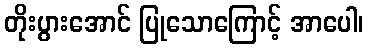
တိုးပွားအောင် ပြုသောကြောင့် အာပေါ၊